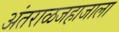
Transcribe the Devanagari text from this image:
अंतराळजहाजाला